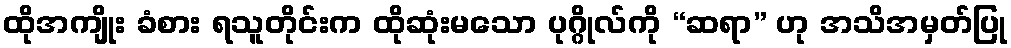
ထိုအကျိုး ခံစား ရသူတိုင်းက ထိုဆုံးမသော ပုဂ္ဂိုလ်ကို “ဆရာ” ဟု အသိအမှတ်ပြု